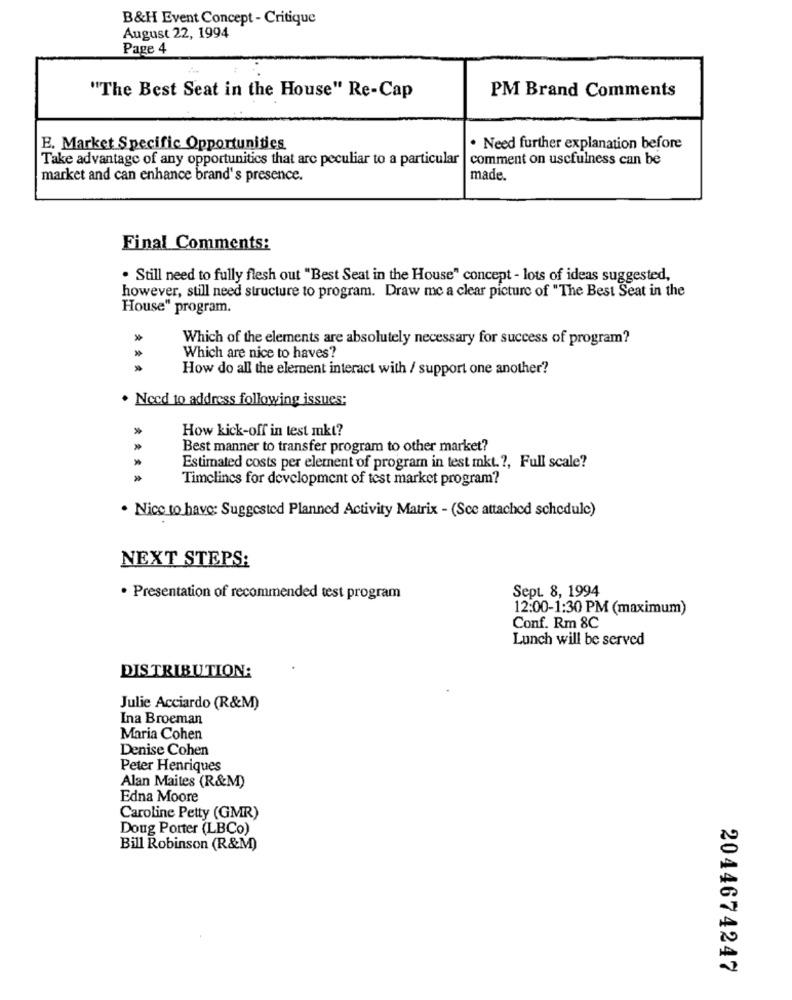
B&H Event Concept - Critique
August 22, 1994
Page 4
PM Brand Comments
"The Best Seat in the House" Re-Cap
E. Market Specific Opportunities
. Need further explanation before
Take advantage of any opportunities that are peculiar to a particular
comment on uscfulness can be
market and can enhance brand's presence.
made.
Final Comments:
. Still need to fully flesh out "Best Seat in the House" concept - lots of ideas suggested,
however, still need structure to program. Draw mc a clear picture of "The Best Seat in the
House" program.
»
Which of the elements are absolutely necessary for success of program?
Which are nice to haves?
How do all the element interact with / support one another?
. Need to address following issues;
How kick-off in test mkt?
Best manner to transfer program to other market?
Estimated costs per element of program in test mkt .?, Full scale?
Timelines for development of test market program?
. Nice to have: Suggested Planned Activity Matrix - (See attached schedule)
NEXT STEPS:
Sept 8, 1994
. Presentation of recommended test program
12:00-1:30 PM (maximum)
Conf. Rm 8C
Lunch will be served
DISTRIBUTION:
Julie Acciardo (R&M)
Ina Broeman
Maria Cohen
Denise Cohen
Peter Henriques
Alan Maites (R&M)
Edna Moore
Caroline Petty (GMR)
Doug Porter (LBCo)
Bill Robinson (R&M)
2044674247